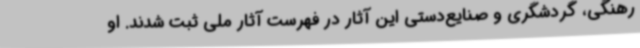
رهنگی، گردشگری و صنایع‌دستی این آثار در فهرست آثار ملی ثبت شدند. او